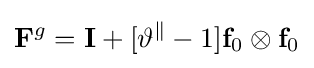
\mathbf {F} ^{g}=\mathbf {I} +[\vartheta ^{\parallel }-1]\mathbf {f} _{0}\otimes \mathbf {f} _{0}